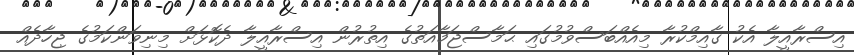
އިސްރާއީލާ އެކު ގާއިމްކުރާ މިއެއްބަސްވުމުގައި ޙަމާސްޖަމާއަތުގެ އިތުރުން އިސްރާއީލާ ދެކޮޅަށް މިނިވަންކަމުގެ ޖިހާދެއް